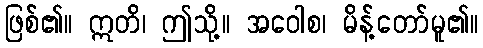
ဖြစ်၏။ ဣတိ၊ ဤသို့။ အဝေါစ၊ မိန့်တော်မူ၏။